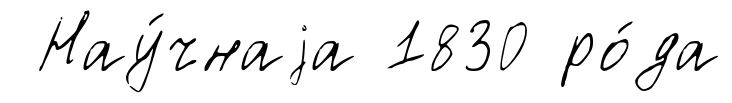
Нау́чнаjа 1830 ро́да